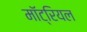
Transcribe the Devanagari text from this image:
मॉट्रियल